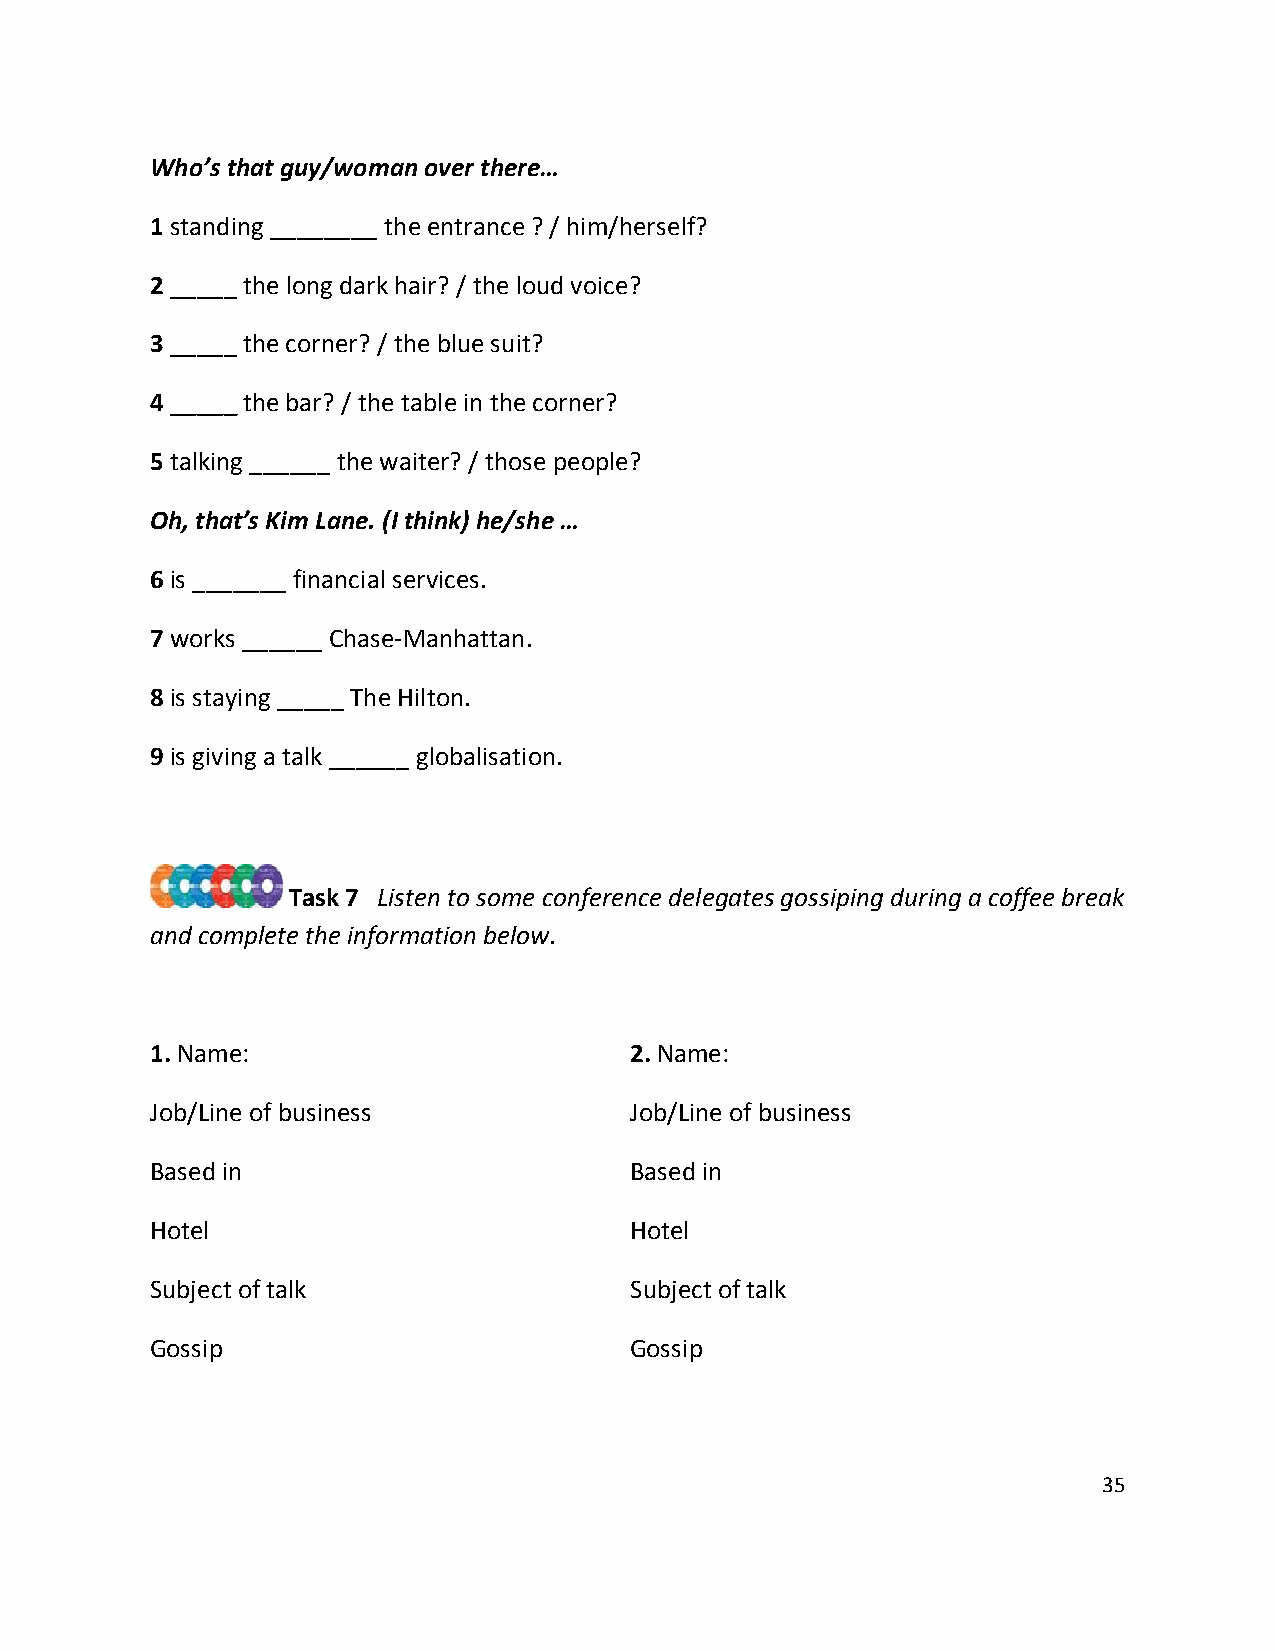
Who’s that guy/woman over there…
 1 standing ________ the entrance ? / him/herself?
 2 _____ the long dark hair? / the loud voice?
 3 _____ the corner? / the blue suit?
 4 _____ the bar? / the table in the corner?
 5 talking ______ the waiter? / those people?
 Oh, that’s Kim Lane. (I think) he/she …
 6 is _______ financial services.
 7 works ______ Chase-Manhattan.
 8 is staying _____ The Hilton.
 9 is giving a talk ______ globalisation.
 Task 7 Listen to some conference delegates gossiping during a coffee break
 and complete the information below.
 1. Name:                        2. Name:
 Job/Line of business            Job/Line of business
 Based in                        Based in
 Hotel                           Hotel
 Subject of talk                 Subject of talk
 Gossip                          Gossip
 35